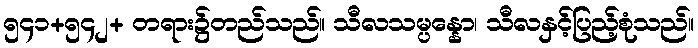
၅၄၁+၅၄၂+ တရား၌တည်သည်။ သီလသမ္ပန္နော၊ သီလနှင့်ပြည့်စုံသည်။